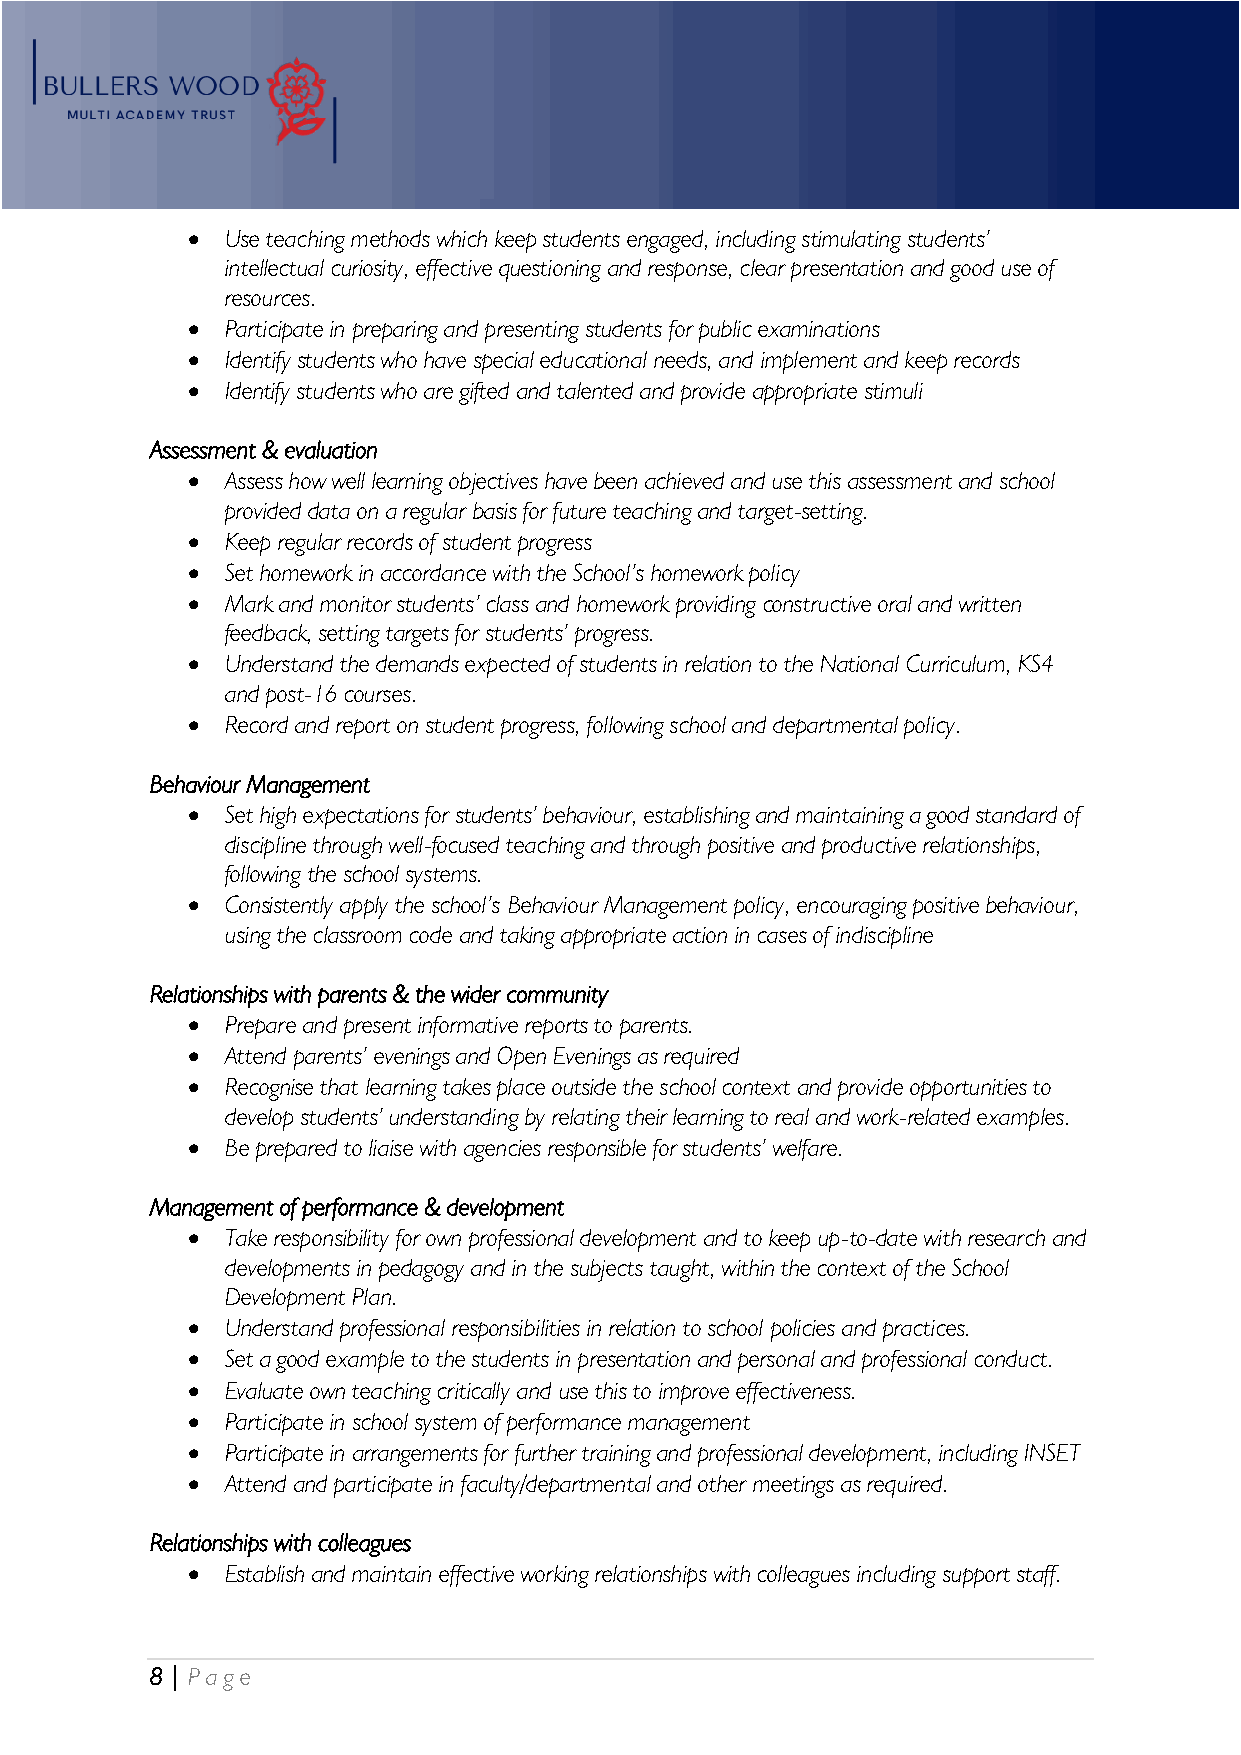
•  Use teaching methods which keep students engaged, including stimulating students’
 intellectual curiosity, effective questioning and response, clear presentation and good use of
 resources.
 •  Participate in preparing and presenting students for public examinations
 •  Identify students who have special educational needs, and implement and keep records
 •  Identify students who are gifted and talented and provide appropriate stimuli
 Assessment & evaluation
 •  Assess how well learning objectives have been achieved and use this assessment and school
 provided data on a regular basis for future teaching and target-setting.
 •  Keep regular records of student progress
 •  Set homework in accordance with the School’s homework policy
 •  Mark and monitor students’ class and homework providing constructive oral and written
 feedback, setting targets for students’ progress.
 •  Understand the demands expected of students in relation to the National Curriculum, KS4
 and post-16 courses.
 •  Record and report on student progress, following school and departmental policy.
 Behaviour Management
 •  Set high expectations for students’ behaviour, establishing and maintaining a good standard of
 discipline through well-focused teaching and through positive and productive relationships,
 following the school systems.
 •  Consistently apply the school’s Behaviour Management policy, encouraging positive behaviour,
 using the classroom code and taking appropriate action in cases of indiscipline
 Relationships with parents & the wider community
 •  Prepare and present informative reports to parents.
 •  Attend parents’ evenings and Open Evenings as required
 •  Recognise that learning takes place outside the school context and provide opportunities to
 develop students’ understanding by relating their learning to real and work-related examples.
 •  Be prepared to liaise with agencies responsible for students’ welfare.
 Management of performance & development
 •  Take responsibility for own professional development and to keep up-to-date with research and
 developments in pedagogy and in the subjects taught, within the context of the School
 Development Plan.
 •  Understand professional responsibilities in relation to school policies and practices.
 •  Set a good example to the students in presentation and personal and professional conduct.
 •  Evaluate own teaching critically and use this to improve effectiveness.
 •  Participate in school system of performance management
 •  Participate in arrangements for further training and professional development, including INSET
 •  Attend and participate in faculty/departmental and other meetings as required.
 Relationships with colleagues
 •  Establish and maintain effective working relationships with colleagues including support staff.
 8 | P age